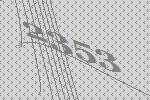
2353